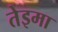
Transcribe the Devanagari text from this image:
तेइमा